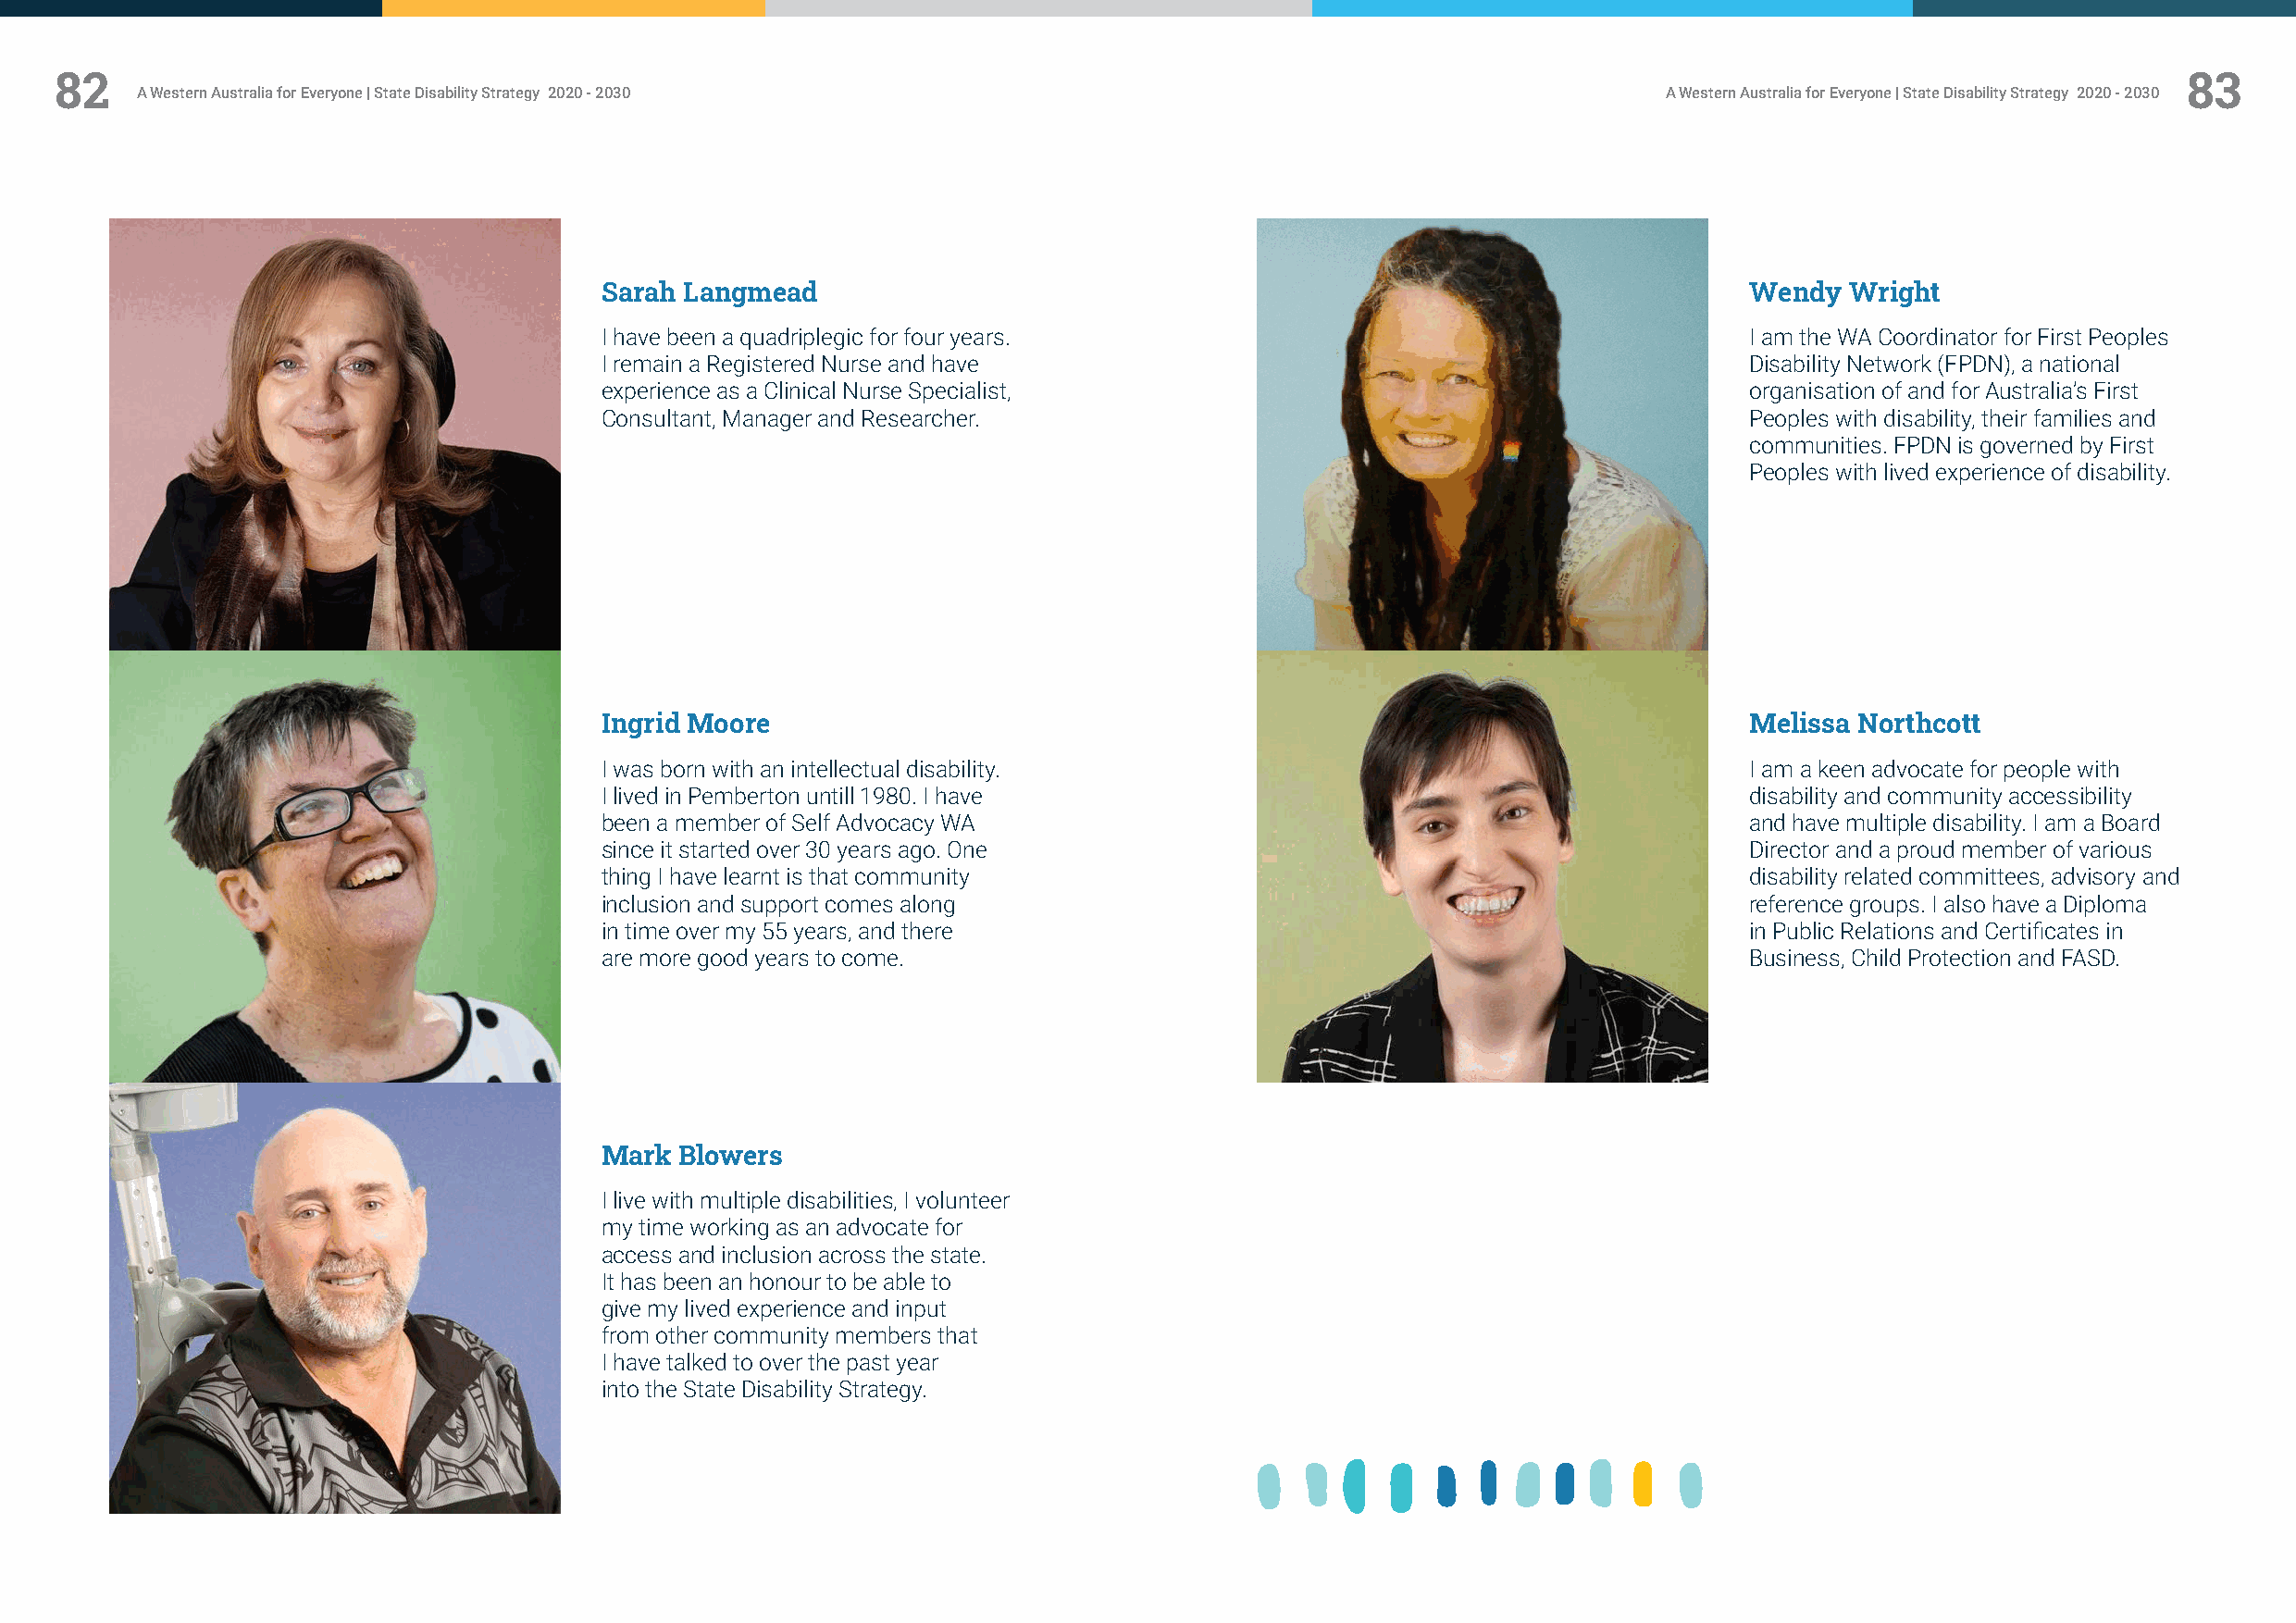
82                                                                                                                                                      83
 A Western Australia for Everyone | State Disability Strategy 2020 - 2030                                     A Western Australia for Everyone | State Disability Strategy 2020 - 2030
 Sarah Langmead                                                                    Wendy  Wright
 I have been a quadriplegic for four years.                                        I am the WA Coordinator for First Peoples
 I remain a Registered Nurse and have                                              Disability Network (FPDN), a national
 experience as a Clinical Nurse Specialist,                                        organisation of and for Australia’s First
 Consultant, Manager and Researcher.                                               Peoples with disability, their families and
 communities. FPDN is governed by First
 Peoples with lived experience of disability.
 Ingrid Moore                                                                      Melissa Northcott
 I was born with an intellectual disability.                                       I am a keen advocate for people with
 I lived in Pemberton untill 1980. I have                                          disability and community accessibility
 been a member of Self Advocacy WA                                                 and have multiple disability. I am a Board
 since it started over 30 years ago. One                                           Director and a proud member of various
 thing I have learnt is that community                                             disability related committees, advisory and
 inclusion and support comes along                                                 reference groups. I also have a Diploma
 in time over my 55 years, and there                                               in Public Relations and Certificates in
 are more good years to come.                                                      Business, Child Protection and FASD.
 Mark  Blowers
 I live with multiple disabilities, I volunteer
 my time working as an advocate for
 access and inclusion across the state.
 It has been an honour to be able to
 give my lived experience and input
 from other community members that
 I have talked to over the past year
 into the State Disability Strategy.